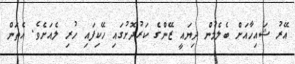
އޭރު ޝަައިހާއަށް ބެލެމުން ދިޔައީ ޒޭންގެ ކަރުދޮށުގައި ހޭކިފައި ހުރި ލެއަށެވެ. އެތަން